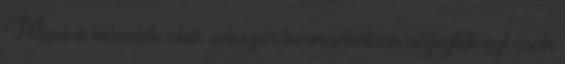
Mivel a másolók akik sokszor bérmunkában végezték ezt csak